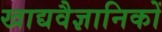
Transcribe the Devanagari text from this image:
खाद्यवैज्ञानिकों